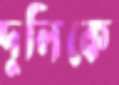
দুলিকে